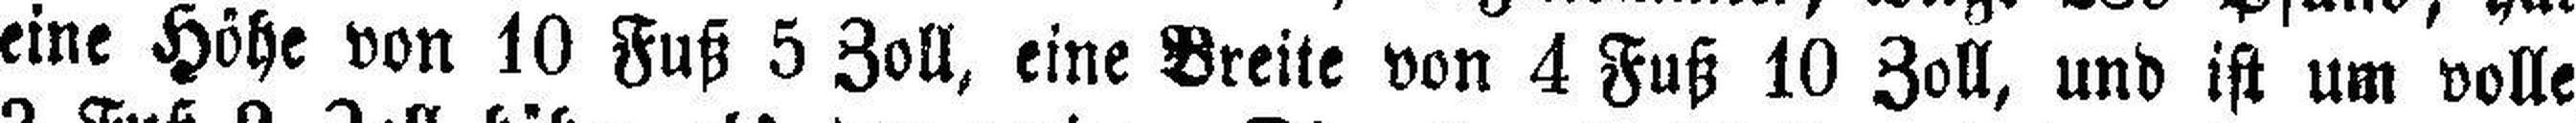
eine Höhe von 10 Fuß 5 Zoll, eine Breite von 4 Fuß 10 Zoll, und ist um volle